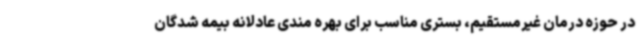
در حوزه درمان غیرمستقیم، بستری مناسب برای بهره مندی عادلانه بیمه شدگان